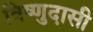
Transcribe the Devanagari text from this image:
विष्णुदासी